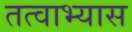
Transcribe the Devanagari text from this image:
तत्वाभ्यास